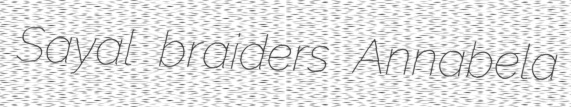
Sayal braiders Annabela